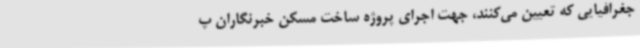
جغرافیایی که تعیین می‌کنند، جهت اجرای پروژه ساخت مسکن خبرنگاران پ